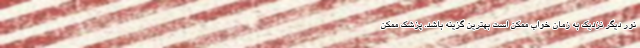
نور دیگر نزدیک به زمان خواب ممکن است بهترین گزینه باشد. پزشک ممکن